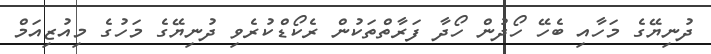
ދުނިޔޭގެ މަހާއި ބެހޭ ހޯދުން ހޯދާ ފަރާތްތަކުން ރެކޯޑްކުރެވި ދުނިޔޭގެ މަހުގެ މިއުޒިއަމް